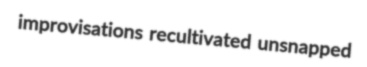
improvisations recultivated unsnapped